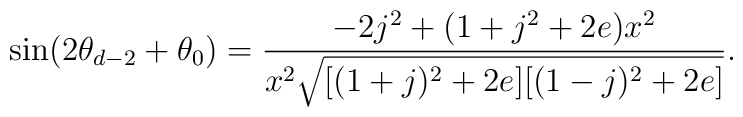
\sin(2\theta_{d-2}+\theta_0)=\frac{-2j^2+(1+j^2+2e)x^2}{x^2\sqrt{[(1+j)^2+2e][(1-j)^2+2e] }}.